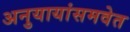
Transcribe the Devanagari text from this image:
अनुयायांसमवेत